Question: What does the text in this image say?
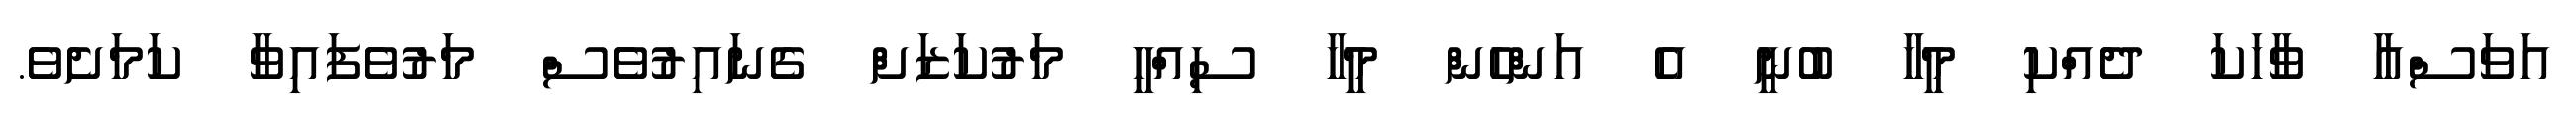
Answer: އަވަސްއާ ވާހަކަ ދެއްކި މީހާ ބުނީ އެ އަންހެން މީހާ ސިއްހީ މަރުކަޒަށް ގެނައިރުވެސް މަރުވެފައިވާ ކަމަށެވެ.